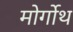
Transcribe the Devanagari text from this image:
मोर्गोथ